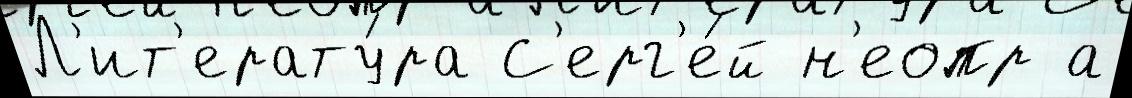
Л'ит'ерату́ра С'ерг'е́й н'еопр а